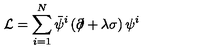
\mathcal { L } = \sum _ { i = 1 } ^ { N } \bar { \psi } ^ { i } \left( \partial \! \! \! \slash + \lambda \sigma \right) \psi ^ { i }